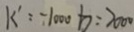
k ^ { \prime } = - 1 0 0 0 b = 2 0 0 0